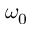
\omega _ { 0 }